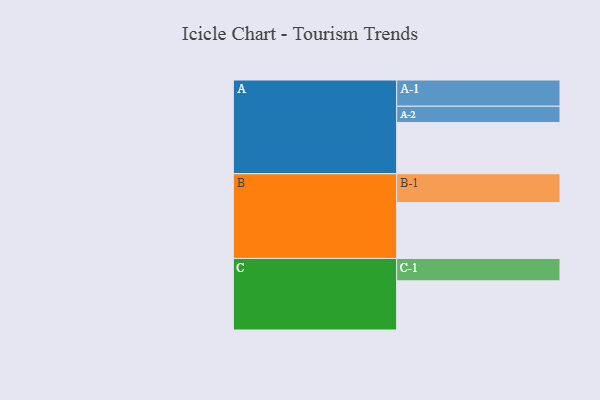
{"axis": {"x": "Segment", "y": "Value"}, "legend": ["", "A", "B", "C"], "data": [{"x": "A", "y": 342, "type": ""}, {"x": "B", "y": 373, "type": ""}, {"x": "C", "y": 328, "type": ""}, {"x": "A-1", "y": 175, "type": "A"}, {"x": "A-2", "y": 108, "type": "A"}, {"x": "B-1", "y": 192, "type": "B"}, {"x": "C-1", "y": 149, "type": "C"}]}